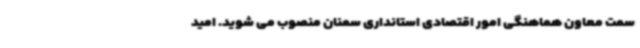
سمت معاون هماهنگی امور اقتصادی استانداری سمنان منصوب می شوید. امید